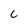
Character: C